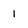
Character: 1